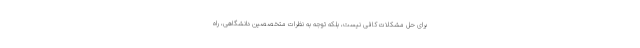
برای حل مشکلات کافی نیست، بلکه توجه به نظرات متخصصین دانشگاهی، راه